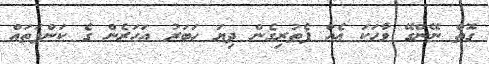
ގޮތް ނޭންގޭ ވާހަކަ އެއް ފެތުރިގެން ދިޔަ ހަބަރު އަހަރެން ގެ ކަންފަތައް